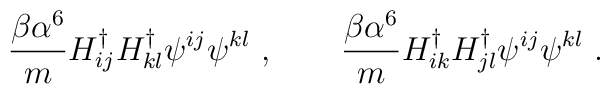
\frac{\beta \alpha^6}{m}  H^{\dagger}_{ij} H^{\dagger}_{kl} \psi^{ij} \psi^{kl} \ , \qquad \frac{\beta \alpha^6}{m}  H^{\dagger}_{ik} H^{\dagger}_{jl} \psi^{ij} \psi^{kl} \ .